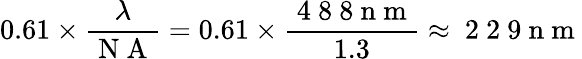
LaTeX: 0.61\times\frac{\lambda}{\mathrm{~N~A~}}=0.61\times\frac{\mathrm{~4~8~8~n~m~}}{1.3}\approx\mathrm{~2~2~9~n~m~}